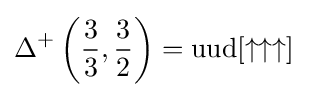
\Delta ^{+}\left({\frac {3}{3}},{\frac {3}{2}}\right)={\text{u}}{\text{u}}{\text{d}}[\uparrow \uparrow \uparrow ]~